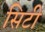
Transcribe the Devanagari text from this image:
सिटी